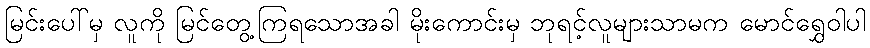
မြင်းပေါ်မှ လူကို မြင်တွေ့ကြရသောအခါ မိုးကောင်းမှ ဘုရင့်လူများသာမက မောင်ရွှေဝါပါ